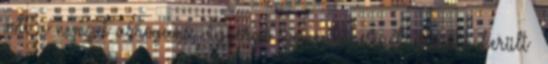
volt a nemzet arrogáns, vigyorgó szemenköpésének. Rögtön került